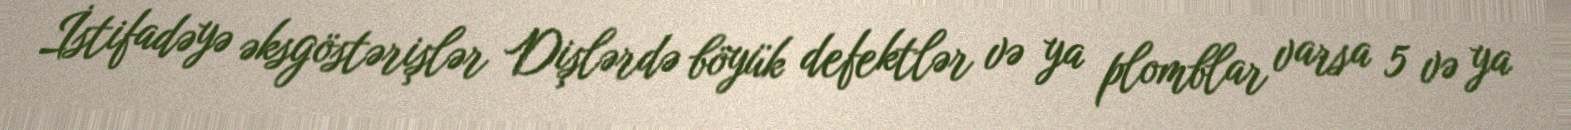
İstifadəyə əksgöstərişlər Dişlərdə böyük defektlər və ya plomblar varsa 5 və ya